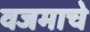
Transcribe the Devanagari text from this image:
वजमाचे